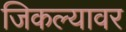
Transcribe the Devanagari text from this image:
जिकल्यावर